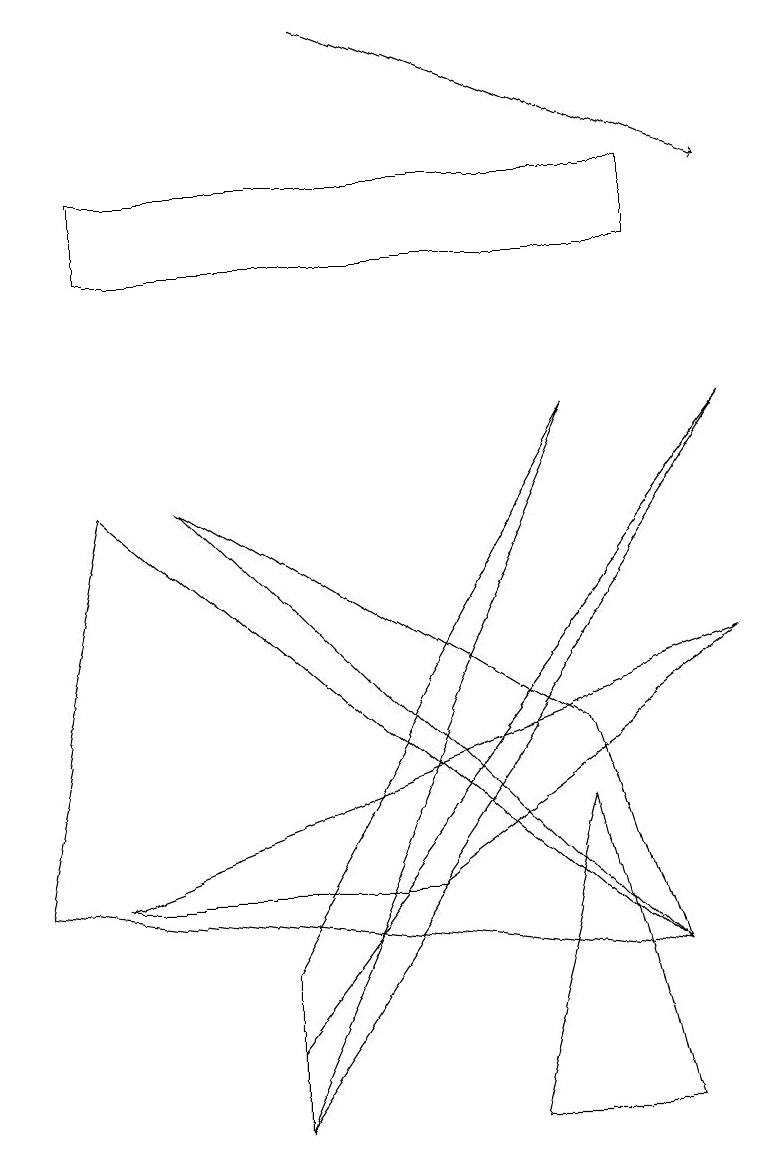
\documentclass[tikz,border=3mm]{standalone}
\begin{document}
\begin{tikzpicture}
\draw[->] (4,14) -- (9,12);
\draw (2,8) -- (8,2) -- (7,5) -- cycle;
\draw (1,8) -- (8,2) -- (0,3) -- cycle;
\draw (3,0) -- (7,9) -- (3,2) -- cycle;
\draw (6,0) -- (7,4) -- (8,0) -- cycle;
\draw (8,11) rectangle (1,12);
\draw (1,3) -- (5,3) -- (9,6) -- cycle;
\draw (3,0) -- (3,1) -- (9,9) -- cycle;
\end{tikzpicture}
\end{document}